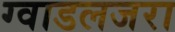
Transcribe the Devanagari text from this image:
ग्वाडलजरा